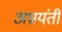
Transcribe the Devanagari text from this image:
अभ्रयंती